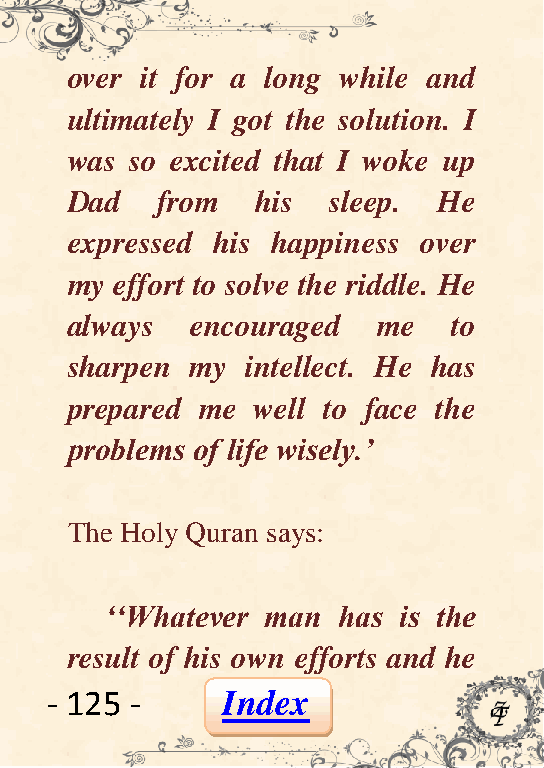
over it for a long while and
 ultimately I got the solution. I
 was  so excited that I woke up
 Dad   from   his  sleep. He
 expressed his happiness over
 my  effort to solve the riddle. He
 always   encouraged  me   to
 sharpen  my intellect. He has
 prepared me  well to face the
 problems of life wisely.‟
 The Holy Quran says:
 „„Whatever man has is the
 result of his own efforts and he
 - 125 -     Index